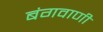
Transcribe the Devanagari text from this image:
बंगवाणी